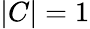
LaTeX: |C|=1